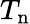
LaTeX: T_{\mathrm{n}}